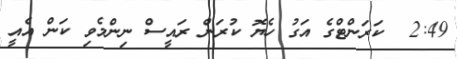
2:49  ކަރަންޓްގެ އަގު ހެޔޮ ކުރަން ރައީސް ނިންމެވި ކަން އެއީ